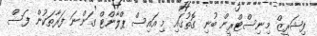
ފިޝަރީޒް މިނިސްޓްރީން ބުނި ގޮތުގައި މި އައިސް ޕްލާންޓް ގަންނަ ފަރާތަކުން ފަސް